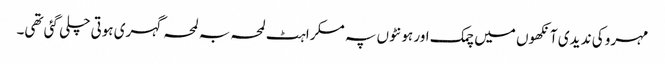
مہرو کی ند یدی آنکھوں میں چمک اور ہونٹوں پہ مسکراہٹ لمحہ بہ لمحہ گہری ہوتی چلی گئی تھی۔